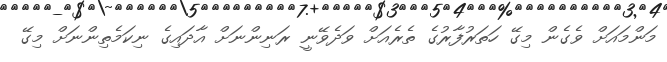
މަންމައަށް ވެގެން މިގޭ ހަތަރުފާރުގެ ތެރެއަށް ވަދެވޭނީ ރަނިންނަށް އާދައިގެ ނިކަމެތިންނަށް މިގޭ